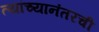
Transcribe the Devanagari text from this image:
त्यांच्यानंतरची